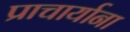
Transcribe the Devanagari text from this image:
प्राचार्याना